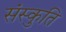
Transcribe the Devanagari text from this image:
संस्कुति